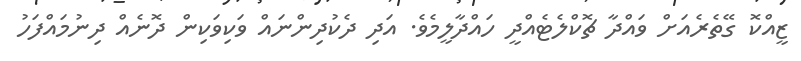
ޒީއްކޮ ގޭތެރެއަށް ވައްދާ ޗޮކްލެޓެއްދީ ހައްދާލީމެވެ. އަދި ދެކުދިންނައް ވަކިވަކިން ދޮނެއް ދިނުމައްފަހު